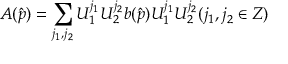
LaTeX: A ( \hat { p } ) = \sum _ { j _ { 1 } , j _ { 2 } } U _ { 1 } ^ { j _ { 1 } } U _ { 2 } ^ { j _ { 2 } } b ( \hat { p } ) U _ { 1 } ^ { j _ { 1 } } U _ { 2 } ^ { j _ { 2 } } ( j _ { 1 } , j _ { 2 } \in Z )